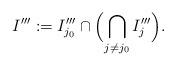
LaTeX: \begin{align*} I''' := I'''_{j_0} \cap \Bigl( \bigcap_{j \neq j_0} I'''_j \Bigr). \end{align*}